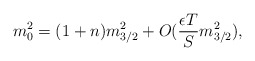
\begin{align*}m_0^2=(1+n)m_{3/2}^2 + O( \frac{\epsilon T}{S} m_{3/2}^2),\end{align*}